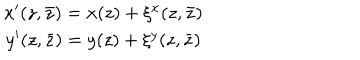
LaTeX: \begin{array} { c } { { x ^ { \prime } ( z , \bar { z } ) = x ( z ) + \xi ^ { x } ( z , \bar { z } ) } } \\ { { y ^ { \prime } ( z , \bar { z } ) = y ( z ) + \xi ^ { y } ( z , \bar { z } ) } } \\ \end{array}